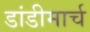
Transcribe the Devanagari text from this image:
डांडीमार्च